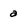
Character: a